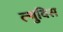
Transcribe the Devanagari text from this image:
ल्युविस